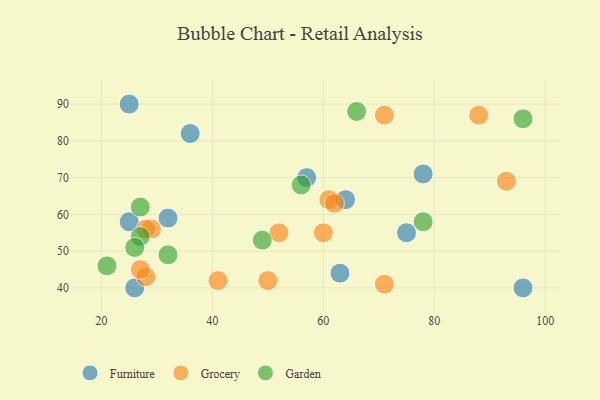
{"axis": {"x": "GDP", "y": "Life Expectancy"}, "legend": ["Furniture", "Garden", "Grocery"], "data": [{"x": "26", "y": 40, "type": "Furniture"}, {"x": "32", "y": 59, "type": "Furniture"}, {"x": "25", "y": 58, "type": "Furniture"}, {"x": "57", "y": 70, "type": "Furniture"}, {"x": "25", "y": 90, "type": "Furniture"}, {"x": "63", "y": 44, "type": "Furniture"}, {"x": "75", "y": 55, "type": "Furniture"}, {"x": "96", "y": 40, "type": "Furniture"}, {"x": "64", "y": 64, "type": "Furniture"}, {"x": "36", "y": 82, "type": "Furniture"}, {"x": "78", "y": 71, "type": "Furniture"}, {"x": "29", "y": 56, "type": "Grocery"}, {"x": "61", "y": 64, "type": "Grocery"}, {"x": "60", "y": 55, "type": "Grocery"}, {"x": "88", "y": 87, "type": "Grocery"}, {"x": "28", "y": 56, "type": "Grocery"}, {"x": "28", "y": 43, "type": "Grocery"}, {"x": "41", "y": 42, "type": "Grocery"}, {"x": "93", "y": 69, "type": "Grocery"}, {"x": "27", "y": 45, "type": "Grocery"}, {"x": "71", "y": 87, "type": "Grocery"}, {"x": "50", "y": 42, "type": "Grocery"}, {"x": "62", "y": 63, "type": "Grocery"}, {"x": "52", "y": 55, "type": "Grocery"}, {"x": "71", "y": 41, "type": "Grocery"}, {"x": "27", "y": 54, "type": "Garden"}, {"x": "96", "y": 86, "type": "Garden"}, {"x": "27", "y": 62, "type": "Garden"}, {"x": "21", "y": 46, "type": "Garden"}, {"x": "66", "y": 88, "type": "Garden"}, {"x": "78", "y": 58, "type": "Garden"}, {"x": "32", "y": 49, "type": "Garden"}, {"x": "26", "y": 51, "type": "Garden"}, {"x": "49", "y": 53, "type": "Garden"}, {"x": "56", "y": 68, "type": "Garden"}]}